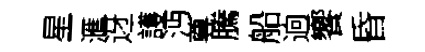
星滙迓護沔尊騰船逈饗昏